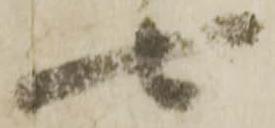
七